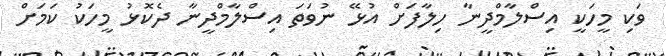
ވަކި މީހަކީ އިސްލާމްދީނާ ހިލާފަށް އުޅޭ ނުވަތަ އިސްލާމްދީނާ ދެކޮޅު މީހަކު ކަމަށް